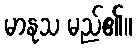
မာနုသ မည်၏။